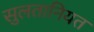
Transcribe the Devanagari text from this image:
सुलतानियत